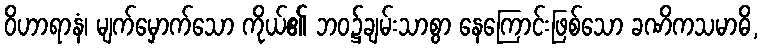
ဝိဟာရာနံ၊ မျက်မှောက်သော ကိုယ်၏ ဘဝ၌ချမ်းသာစွာ နေကြောင်းဖြစ်သော ခဏိကသမာဓိ,